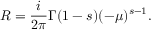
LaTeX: R = { \frac { i } { 2 \pi } } \Gamma ( 1 - s ) ( - \mu ) ^ { s - 1 } .